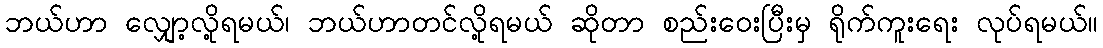
ဘယ်ဟာ လျှော့လို့ရမယ်၊ ဘယ်ဟာတင်လို့ရမယ် ဆိုတာ စည်းဝေးပြီးမှ ရိုက်ကူးရေး လုပ်ရမယ်။